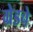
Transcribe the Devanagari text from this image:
ग्रेडचे